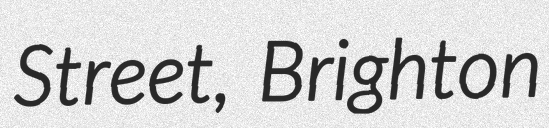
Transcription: Street, Brighton